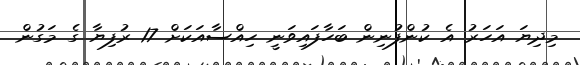
މިދިޔަ އަހަރު އެ ކުންފުނިން ބަހާފައިވަނީ ހިއްސާއަކަށް 17 ރުފިޔާ ގެ މަގުން